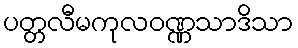
ပတ္တလီမကုလဝဏ္ဏသာဒိသာ